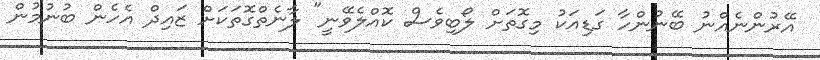
އޭރުންނެއްނު ބޭނުންހާ ގަޑިއަކު މިގޮތަށް ލޯބިވެސް ކޮއްލެވޭނީ" ލާނެތްގޮތަކަށް ޒައިދް އެހެން ބުނުމުން